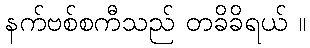
နက်ဗစ်စကီသည် တခိခိရယ် ။